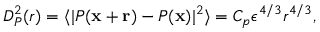
D _ { P } ^ { 2 } ( r ) = \langle | P ( \mathbf { x } + \mathbf { r } ) - P ( \mathbf { x } ) | ^ { 2 } \rangle = C _ { p } \epsilon ^ { 4 / 3 } r ^ { 4 / 3 } ,